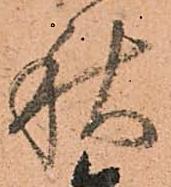
秋